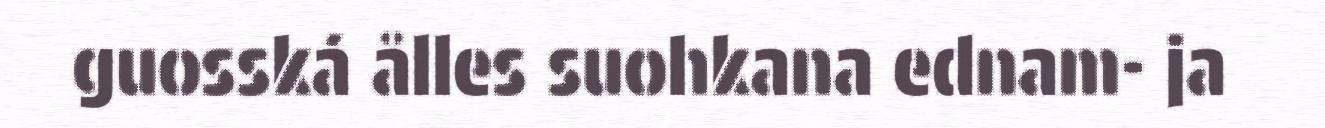
guosská ålles suohkana ednam- ja